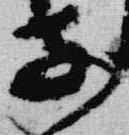
子